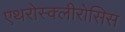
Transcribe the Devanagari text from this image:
एथरोस्क्लीरोसिस